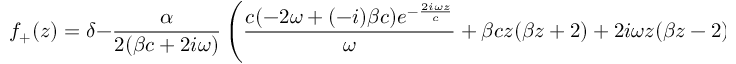
f _ { + } ( z ) = \delta - \frac { \alpha } { 2 ( \beta c + 2 i \omega ) } \left( \frac { c ( - 2 \omega + ( - i ) \beta c ) e ^ { - \frac { 2 i \omega z } { c } } } { \omega } + \beta c z ( \beta z + 2 ) + 2 i \omega z ( \beta z - 2 ) \right) ,